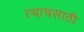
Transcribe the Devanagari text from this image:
त्याचसाठी